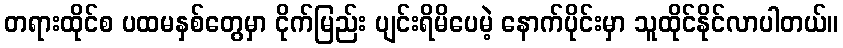
တရားထိုင်စ ပထမနှစ်တွေမှာ ငိုက်မြည်း ပျင်းရိမိပေမဲ့ နောက်ပိုင်းမှာ သူထိုင်နိုင်လာပါတယ်။